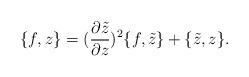
LaTeX: \begin{align*}\{ f,z \} = (\frac{\partial \tilde{z}}{\partial z})^{2} \{ f, \tilde{z}\} +\{ \tilde{z} ,z \} .\end{align*}